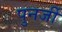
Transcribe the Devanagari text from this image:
पुनर्जी